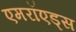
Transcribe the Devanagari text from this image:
एमरॉएड्स